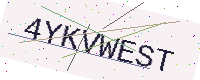
Text: 4YKVWEST